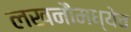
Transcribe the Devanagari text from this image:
लखनौमध्येच